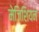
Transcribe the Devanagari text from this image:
मेजिशियन